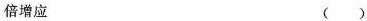
倍增应 ( )